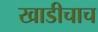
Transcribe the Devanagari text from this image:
खाडीचाच